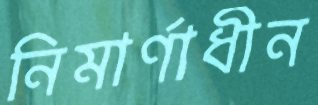
নিমার্ণাধীন